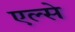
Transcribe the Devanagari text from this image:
एल्से